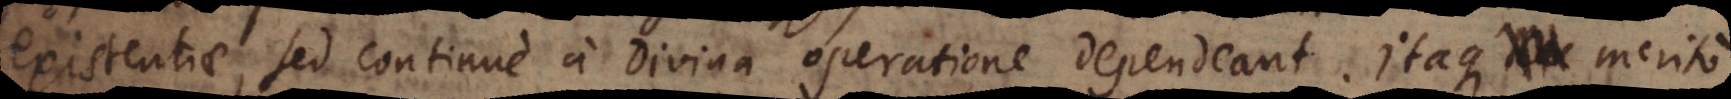
existentiae, sed continue a divina operatione dependeant. Itaque merito